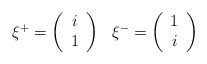
\begin{align*}\begin{array}{cc}\xi^{+}=\left( \begin{array}{c}i \\1\end{array}\right)&\xi^{-}=\left( \begin{array}{c}1 \\i\end{array}\right)\end{array}\end{align*}